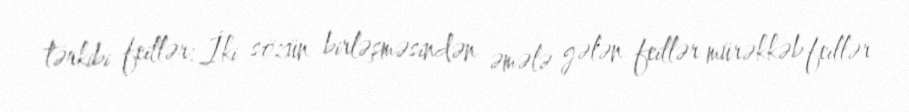
tərkibi feillər: İki sözün birləşməsindən əmələ gələn feillər mürəkkəb feillər